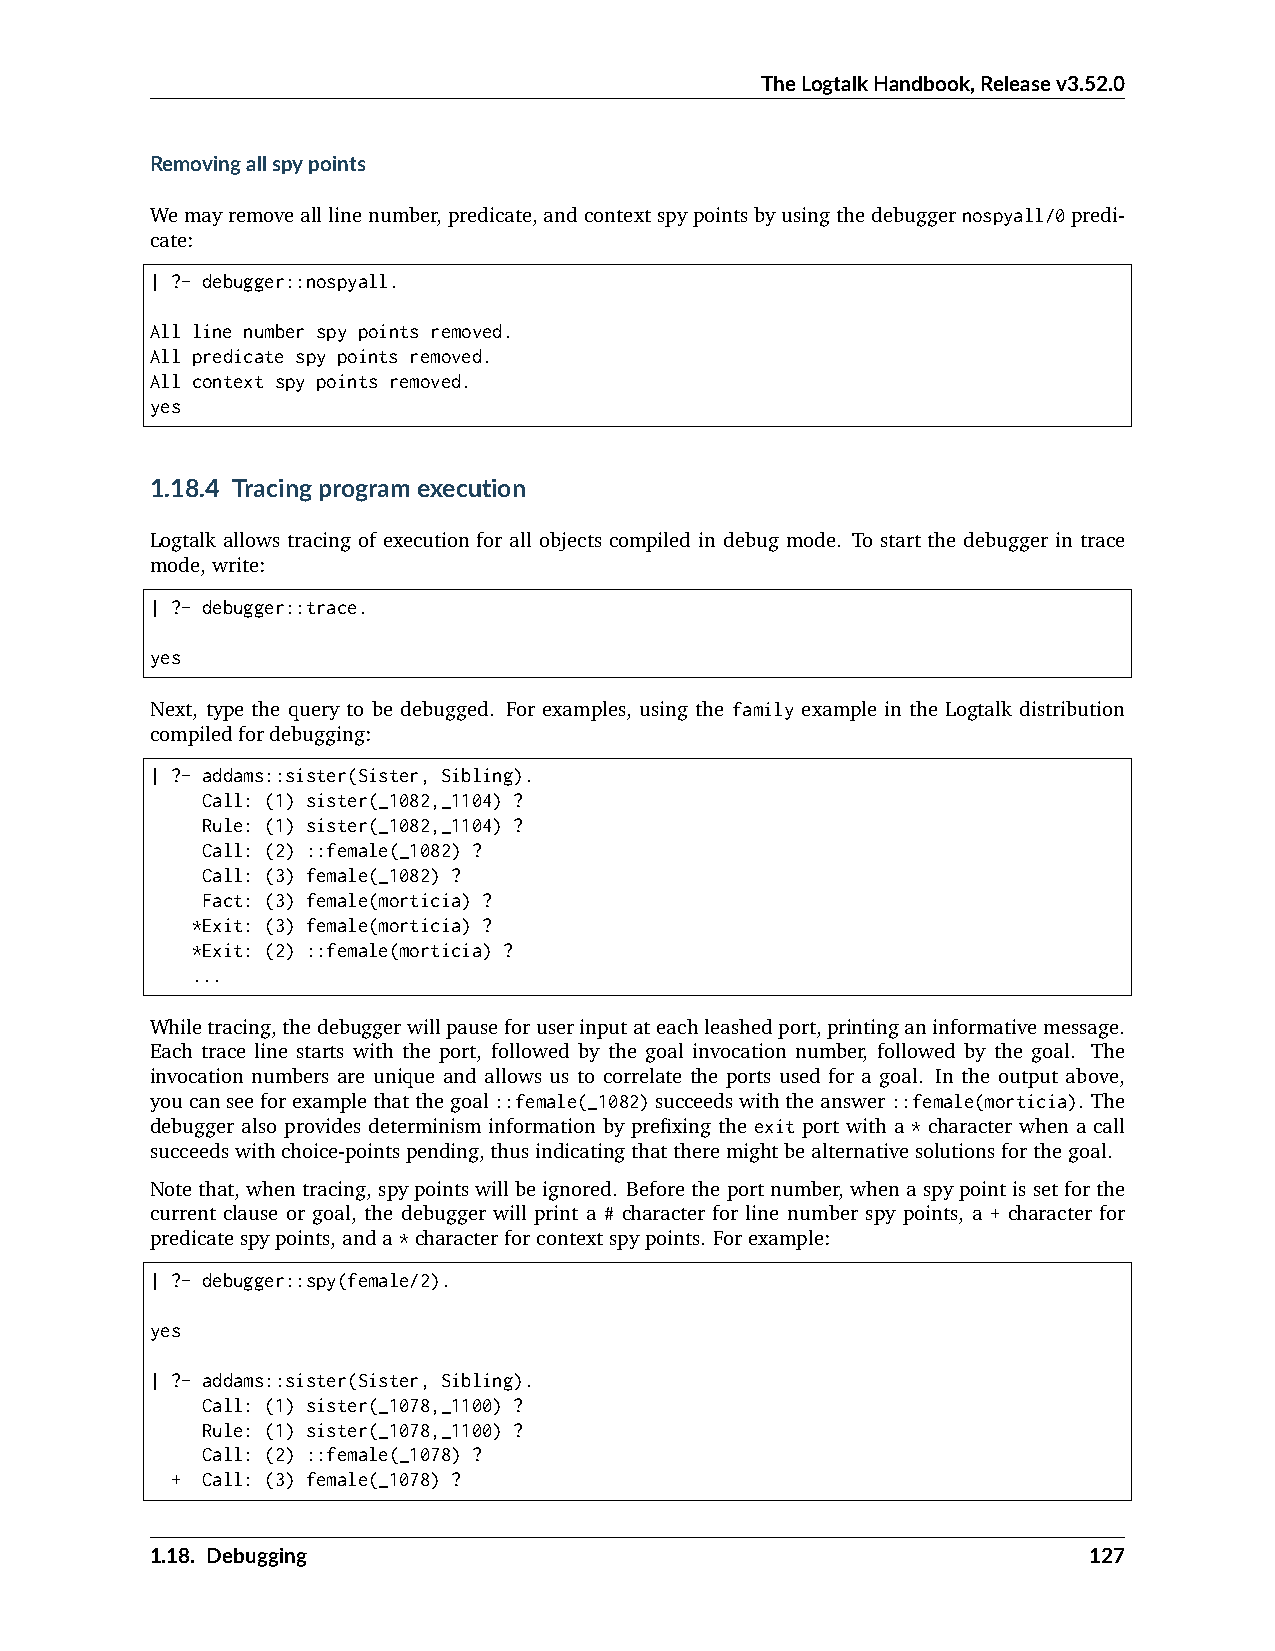
TheLogtalkHandbook,Releasev3.52.0
 Removingallspypoints
 Wemayremovealllinenumber,predicate,andcontextspypointsbyusingthedebuggernospyall/0predi-
 cate:
 | ?- debugger::nospyall.
 All line number spy points removed.
 All predicate spy points removed.
 All context spy points removed.
 yes
 1.18.4 Tracingprogramexecution
 Logtalk allows tracing of execution for all objects compiled in debug mode. To start the debugger in trace
 mode,write:
 | ?- debugger::trace.
 yes
 Next, type the query to be debugged. For examples, using the family example in the Logtalk distribution
 compiledfordebugging:
 | ?- addams::sister(Sister, Sibling).
 Call: (1) sister(_1082,_1104) ?
 Rule: (1) sister(_1082,_1104) ?
 Call: (2) ::female(_1082) ?
 Call: (3) female(_1082) ?
 Fact: (3) female(morticia) ?
 *Exit: (3) female(morticia) ?
 *Exit: (2) ::female(morticia) ?
 ...
 Whiletracing,thedebuggerwillpauseforuserinputateachleashedport,printinganinformativemessage.
 Each trace line starts with the port, followed by the goal invocation number, followed by the goal. The
 invocation numbers are unique and allows us to correlate the ports used for a goal. In the output above,
 youcanseeforexamplethatthegoal::female(_1082)succeedswiththeanswer::female(morticia). The
 debugger also provides determinism information by prefixing the exit port with a * character when a call
 succeedswithchoice-pointspending,thusindicatingthattheremightbealternativesolutionsforthegoal.
 Notethat,whentracing,spypointswillbeignored. Beforetheportnumber,whenaspypointissetforthe
 current clause or goal, the debugger will print a # character for line number spy points, a + character for
 predicatespypoints,anda*characterforcontextspypoints. Forexample:
 | ?- debugger::spy(female/2).
 yes
 | ?- addams::sister(Sister, Sibling).
 Call: (1) sister(_1078,_1100) ?
 Rule: (1) sister(_1078,_1100) ?
 Call: (2) ::female(_1078) ?
 + Call: (3) female(_1078) ?
 1.18. Debugging                                               127